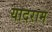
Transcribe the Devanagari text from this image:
यादराम